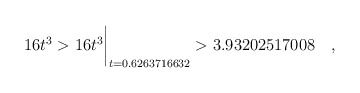
\begin{align*} 16t^3 & > 16t^3\biggr\rvert_{t=0.6263716632} > 3.93202517008 \quad , \end{align*}